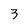
Character: 3